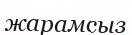
жарамсыз